Leaving Certificate Examination (including Day School Certificate (Higher) General paper), 1934
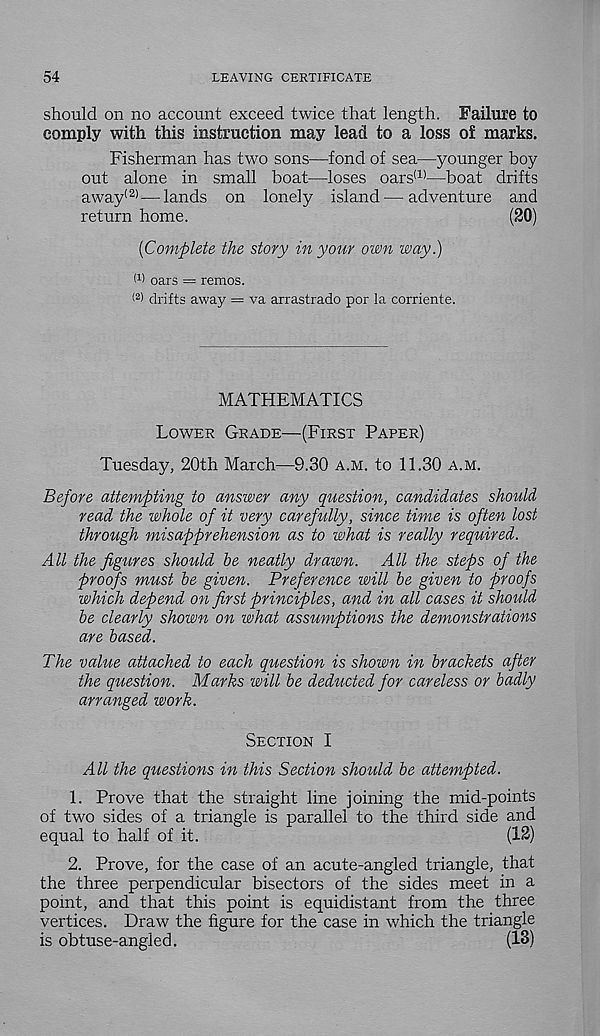
54
LEAVING CERTIFICATE
should on no account exceed twice that length. Failure to
comply with this instruction may lead to a loss of marks.
Fisherman has two sons—fond of sea—younger boy
out alone in small boat—loses oars (1) —boat drifts
away (2) — lands on lonely island—adventure and
return home.
(20)
[Complete the story in your own way.)
I 1 ' oars = remos.
< 2 > drifts away = va arrastrado por la corriente.
MATHEMATICS
Lower Grade—(First Paper)
Tuesday, 20th March—9.30 a.m. to 11.30 a.m.
Before attempting to answer any question, candidates should
read the whole of it very carefully, since time is often lost
through misapprehension as to what is really required.
All the figures should be neatly drawn. All the steps of the
proofs must be given. Preference will be given to proofs
which depend on first principles, and in all cases it should
be clearly shown on what assumptions the demonstrations
are based.
The value attached to each question is shown in brackets after
the question. Marks will be deducted for careless or badly
arranged work.
Section I
All the questions in this Section should be attempted.
1. Prove that the straight line joining the mid-points
of two sides of a triangle is parallel to the third side and
equal to half of it.
(12)
2. Prove, for the case of an acute-angled triangle, that
the three perpendicular bisectors of the sides meet in a
point, and that this point is equidistant from the three
vertices. Draw the figure for the case in which the triangle
is obtuse-angled.
(13)